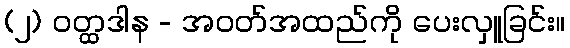
(၂) ဝတ္ထဒါန - အဝတ်အထည်ကို ပေးလှူခြင်း။